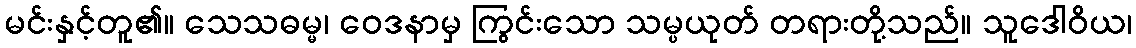
မင်းနှင့်တူ၏။ သေသဓမ္မ၊ ဝေဒနာမှ ကြွင်းသော သမ္ပယုတ် တရားတို့သည်။ သူဒေါဝိယ၊